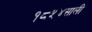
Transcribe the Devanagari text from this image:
१८५४साली